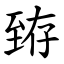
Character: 臶